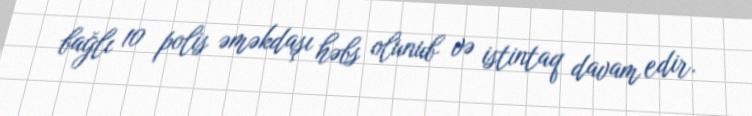
bağlı 10 polis əməkdaşı həbs olunub və istintaq davam edir.